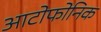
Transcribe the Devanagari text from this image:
आटोफोनिक